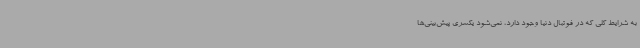
به شرایط کلی که در فوتبال دنیا وجود دارد، نمی‌شود یکسری پیش‌بینی‌ها